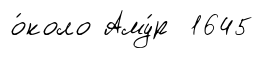
о́коло Аму́р 1645